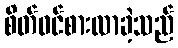
စိတ်ဝင်စားလာခဲ့သည်